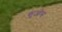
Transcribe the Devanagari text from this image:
कुओस